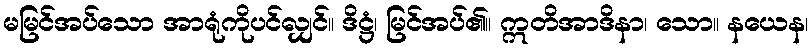
မမြင်အပ်သော အာရုံကိုပင်လျှင်။ ဒိဋ္ဌံ၊ မြင်အပ်၏။ ဣတိအာဒိနာ၊ သော။ နယေန၊